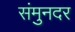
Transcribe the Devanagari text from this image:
संमुनदर